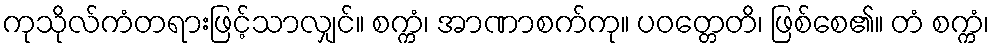
ကုသိုလ်ကံတရားဖြင့်သာလျှင်။ စက္ကံ၊ အာဏာစက်ကု။ ပဝတ္တေတိ၊ ဖြစ်စေ၏။ တံ စက္ကံ၊